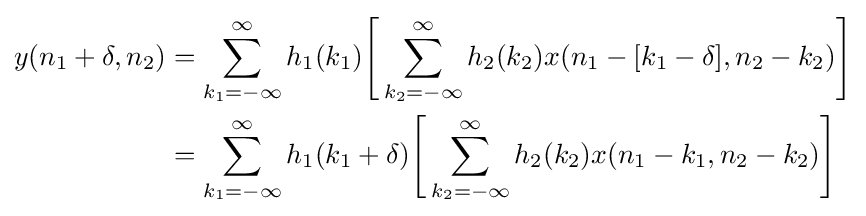
{\begin{aligned}y(n_{1}+\delta ,n_{2})&=\sum _{k_{1}=-\infty }^{\infty }h_{1}(k_{1}){\Bigg [}\sum _{k_{2}=-\infty }^{\infty }h_{2}(k_{2})x(n_{1}-[k_{1}-\delta ],n_{2}-k_{2}){\Bigg ]}\\&=\sum _{k_{1}=-\infty }^{\infty }h_{1}(k_{1}+\delta ){\Bigg [}\sum _{k_{2}=-\infty }^{\infty }h_{2}(k_{2})x(n_{1}-k_{1},n_{2}-k_{2}){\Bigg ]}\end{aligned}}